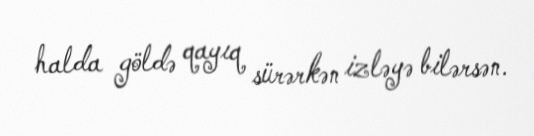
halda göldə qayıq sürərkən izləyə bilərsən.